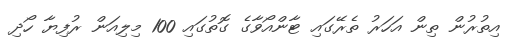
އިތުރުން ތިން އަހަރު ތެރޭގައި ޓާންއޯވާގެ ގޮތުގައި 100 މިލިއަން ރުފިޔާ ހޯދި